65_HS1-834228961_62-HQ-83894_Section_9
Agency: FBI
Page 89
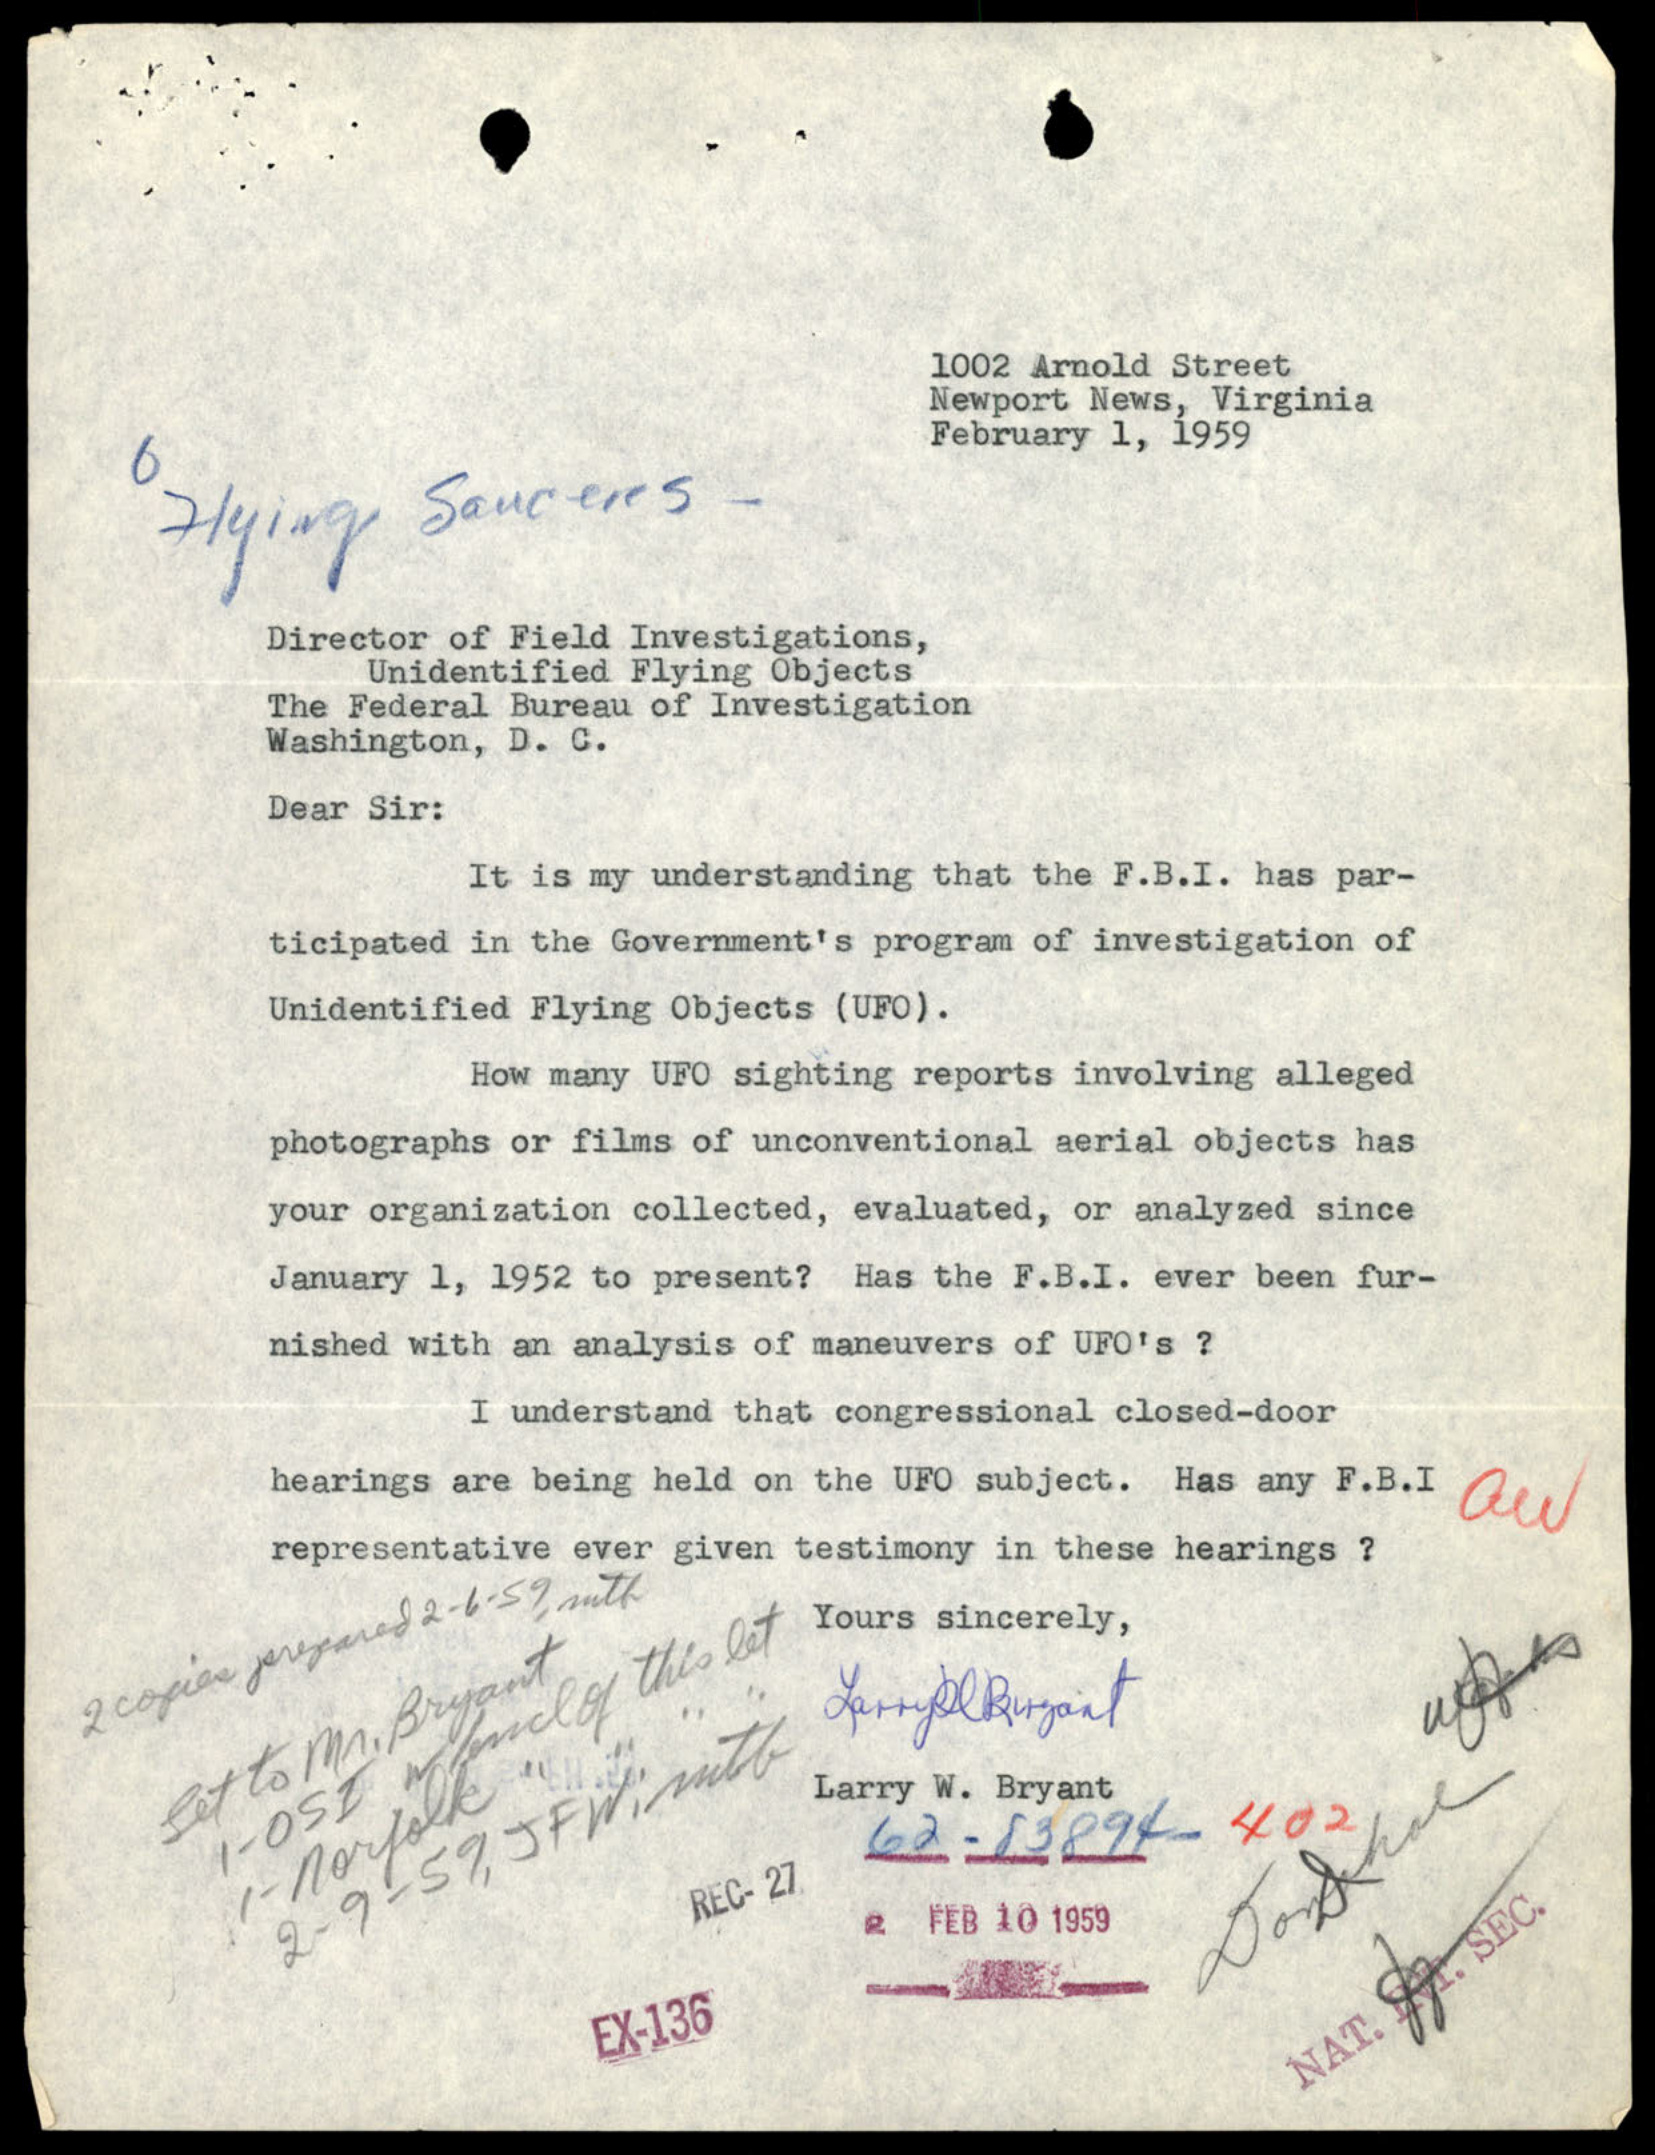